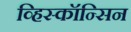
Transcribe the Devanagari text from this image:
व्हिस्कॉन्सिन